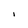
Character: I